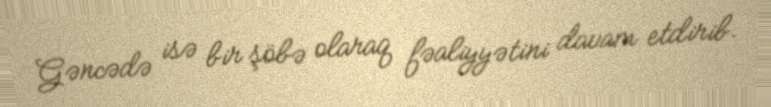
Gəncədə isə bir şöbə olaraq fəaliyyətini davam etdirib.